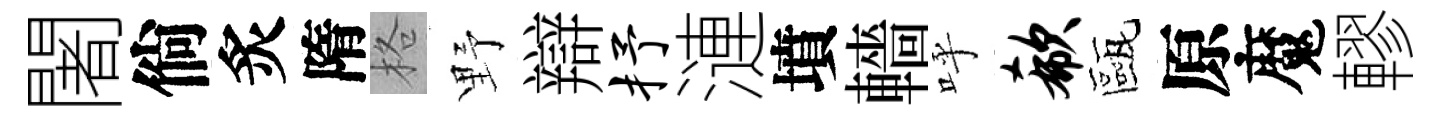
闍倘炙隋格野辯抒漣墳轖呼欷甌原魔轇